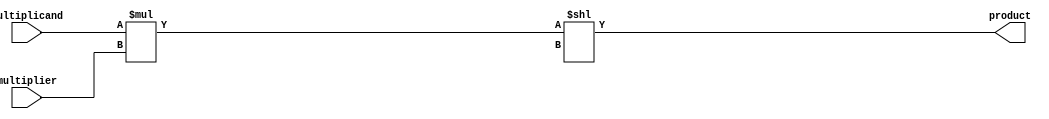
module unsigned_multiplier (
  input [7:0] multiplicand,
  input [7:0] multiplier,
  output reg [15:0] product
);

reg [15:0] partial_product;
reg [3:0] shift_count;

always @* begin
  partial_product = multiplicand * multiplier;
  product = partial_product << shift_count;
end

endmodule